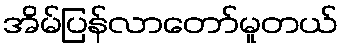
အိမ်ပြန်လာတော်မူတယ်